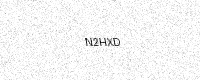
Text: N2HXD